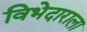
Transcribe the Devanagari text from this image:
विभेदाराला